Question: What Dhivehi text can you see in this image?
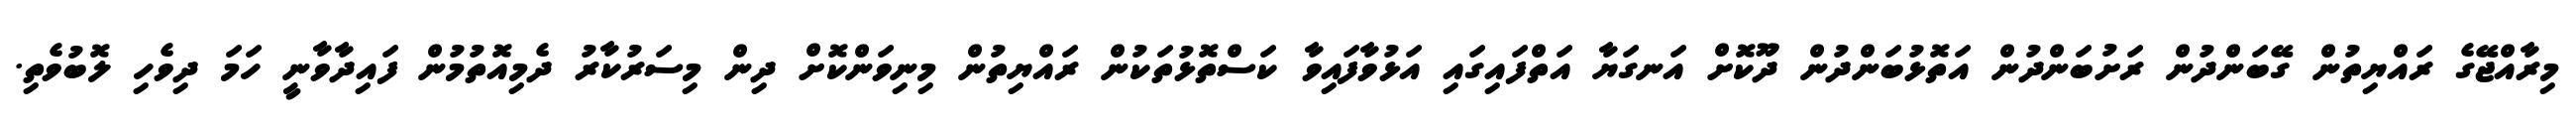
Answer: މިރާއްޖޭގެ ރައްޔިތުން ގޭބަންދުން ރަށުބަންދުން އަތޮޅުބަންދުން ދޫކޮށް އަނގަޔާ އަތްފައިގައި އަޅުވާފައިވާ ކަސްތޮޅުތަކުން ރައްޔިތުން މިނިވަންކޮށް ދިން މިސަރުކާރު ދެމިއޮތުމުން ފައިދާވާނީ ހަމަ ދިވެހި ލޮބުވެތި.